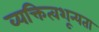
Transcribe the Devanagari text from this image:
व्यक्तित्वशून्यता